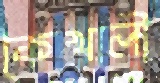
কৈখালী